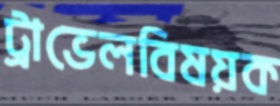
ট্রাভেলবিষয়ক